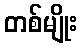
တစ်မျိုး